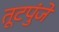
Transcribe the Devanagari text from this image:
तूटपुंजे